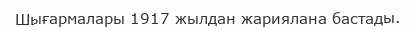
Шығармалары 1917 жылдан жариялана бастады.